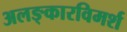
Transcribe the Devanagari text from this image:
अलङ्कारविमर्श